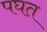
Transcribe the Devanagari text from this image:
पघत